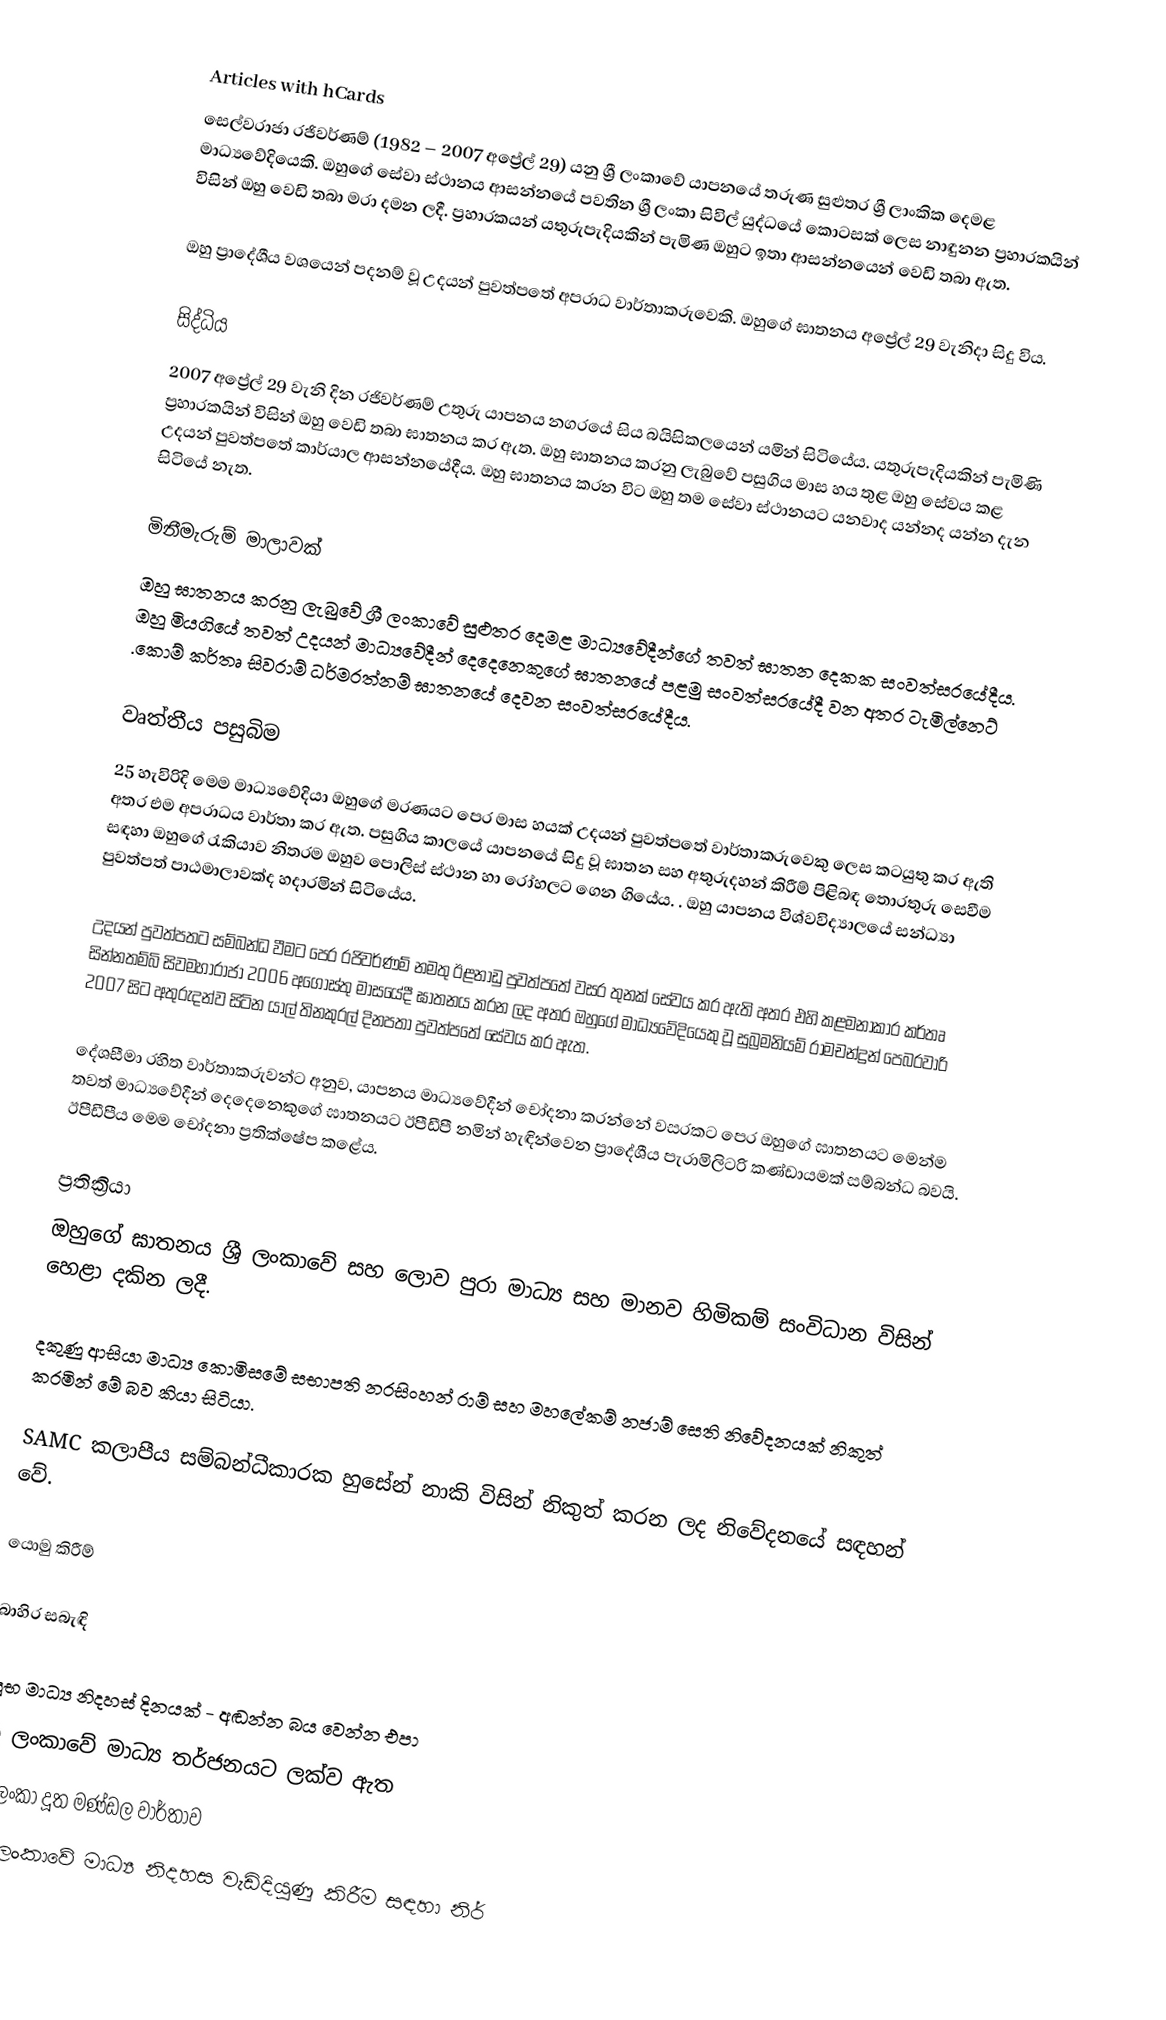
Articles with hCards
සෙල්වරාජා රජිවර්ණම් (1982 – 2007 අප්‍රේල් 29) යනු ශ්‍රී ලංකාවේ යාපනයේ තරුණ සුළුතර ශ්‍රී ලාංකික දෙමළ මාධ්‍යවේදියෙකි. ඔහුගේ සේවා ස්ථානය ආසන්නයේ පවතින ශ්‍රී ලංකා සිවිල් යුද්ධයේ කොටසක් ලෙස නාඳුනන ප්‍රහාරකයින් විසින් ඔහු වෙඩි තබා මරා දමන ලදී. ප්‍රහාරකයන් යතුරුපැදියකින් පැමිණ ඔහුට ඉතා ආසන්නයෙන් වෙඩි තබා ඇත.

ඔහු ප්‍රාදේශීය වශයෙන් පදනම් වූ උදයන් පුවත්පතේ අපරාධ වාර්තාකරුවෙකි. ඔහුගේ ඝාතනය අප්‍රේල් 29 වැනිදා සිදු විය.

සිද්ධිය
2007 අප්‍රේල් 29 වැනි දින රජිවර්ණම් උතුරු යාපනය නගරයේ සිය බයිසිකලයෙන් යමින් සිටියේය. යතුරුපැදියකින් පැමිණි ප්‍රහාරකයින් විසින් ඔහු වෙඩි තබා ඝාතනය කර ඇත. ඔහු ඝාතනය කරනු ලැබුවේ පසුගිය මාස හය තුළ ඔහු සේවය කළ උදයන් පුවත්පතේ කාර්යාල ආසන්නයේදීය. ඔහු ඝාතනය කරන විට ඔහු තම සේවා ස්ථානයට යනවාද යන්නද යන්න දැන සිටියේ නැත.

මිනීමැරුම් මාලාවක්
ඔහු ඝාතනය කරනු ලැබුවේ ශ්‍රී ලංකාවේ සුළුතර දෙමළ මාධ්‍යවේදීන්ගේ තවත් ඝාතන දෙකක සංවත්සරයේදීය. ඔහු මියගියේ තවත් උදයන් මාධ්‍යවේදීන් දෙදෙනෙකුගේ ඝාතනයේ පළමු සංවත්සරයේදී වන අතර ටැමිල්නෙට් .කොම් කර්තෘ සිවරාම් ධර්මරත්නම් ඝාතනයේ දෙවන සංවත්සරයේදීය.

වෘත්තීය පසුබිම
25 හැවිරිදි මෙම මාධ්‍යවේදියා ඔහුගේ මරණයට පෙර මාස හයක් උදයන් පුවත්පතේ වාර්තාකරුවෙකු ලෙස කටයුතු කර ඇති අතර එම අපරාධය වාර්තා කර ඇත. පසුගිය කාලයේ යාපනයේ සිදු වූ ඝාතන සහ අතුරුදහන් කිරීම් පිළිබඳ තොරතුරු සෙවීම සඳහා ඔහුගේ රැකියාව නිතරම ඔහුව පොලිස් ස්ථාන හා රෝහලට ගෙන ගියේය. . ඔහු යාපනය විශ්වවිද්‍යාලයේ සන්ධ්‍යා පුවත්පත් පාඨමාලාවක්ද හදාරමින් සිටියේය.

උදයන් පුවත්පතට සම්බන්ධ වීමට පෙර රජිවර්ණම් නමතු ඊළනාඩු පුවත්පතේ වසර තුනක් සේවය කර ඇති අතර එහි කළමනාකාර කර්තෘ සින්නතම්බි සිවමහාරාජා 2006 අගෝස්තු මාසයේදී ඝාතනය කරන ලද අතර ඔහුගේ මාධ්‍යවේදියෙකු වූ සුබ්‍රමනියම් රාමචන්ද්‍රන් පෙබරවාරි 2007 සිට අතුරුදන්ව සිටින යාල් තිනකුරල් දිනපතා පුවත්පතේ සේවය කර ඇත.

දේශසීමා රහිත වාර්තාකරුවන්ට අනුව, යාපනය මාධ්‍යවේදීන් චෝදනා කරන්නේ වසරකට පෙර ඔහුගේ ඝාතනයට මෙන්ම තවත් මාධ්‍යවේදීන් දෙදෙනෙකුගේ ඝාතනයට ඊපීඩීපී නමින් හැඳින්වෙන ප්‍රාදේශීය පැරාමිලිටරි කණ්ඩායමක් සම්බන්ධ බවයි. ඊපීඩීපීය මෙම චෝදනා ප්‍රතික්ෂේප කළේය.

ප්‍රතික්‍රියා
ඔහුගේ ඝාතනය ශ්‍රී ලංකාවේ සහ ලොව පුරා මාධ්‍ය සහ මානව හිමිකම් සංවිධාන විසින් හෙළා දකින ලදී.

දකුණු ආසියා මාධ්‍ය කොමිසමේ සභාපති නරසිංහන් රාම් සහ මහලේකම් නජාම් සෙති නිවේදනයක් නිකුත් කරමින් මේ බව කියා සිටියා.

SAMC කලාපීය සම්බන්ධීකාරක හුසේන් නාකි විසින් නිකුත් කරන ලද නිවේදනයේ සඳහන් වේ.

යොමු කිරීම්

බාහිර සබැඳි

 සුභ මාධ්‍ය නිදහස් දිනයක් - අඬන්න බය වෙන්න එපා
 ශ්‍රී ලංකාවේ මාධ්‍ය තර්ජනයට ලක්ව ඇත
 ශ්‍රී ලංකා දූත මණ්ඩල වාර්තාව
 ශ්‍රී ලංකාවේ මාධ්‍ය නිදහස වැඩිදියුණු කිරීම සඳහා නිර්